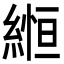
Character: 縆